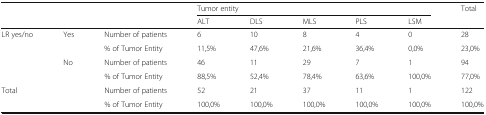
| <ROWSPAN=2-COLSPAN=3>  | <COLSPAN=5> Tumor entity | <ROWSPAN=2> Total |
 | ALT | DLS | MLS | PLS | LSM |
 | --- | --- | --- | --- | --- | --- | --- | --- | --- |
 | <ROWSPAN=4> LR yes/no | <ROWSPAN=2> Yes | Number of patients | 6 | 10 | 8 | 4 | 0 | 28 |
 | % of Tumor Entity | 11,5% | 47,6% | 21,6% | 36,4% | 0,0% | 23,0% |
 | <ROWSPAN=2> No | Number of patients | 46 | 11 | 29 | 7 | 1 | 94 |
 | % of Tumor Entity | 88,5% | 52,4% | 78,4% | 63,6% | 100,0% | 77,0% |
 | <ROWSPAN=2-COLSPAN=2> Total | Number of patients | 52 | 21 | 37 | 11 | 1 | 122 |
 | % of Tumor Entity | 100,0% | 100,0% | 100,0% | 100,0% | 100,0% | 100,0% |